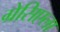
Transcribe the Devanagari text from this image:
ग्रेसिएला